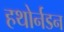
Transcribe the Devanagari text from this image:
हथोर्नडन